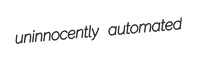
uninnocently automated